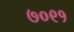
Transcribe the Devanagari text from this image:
७०९१